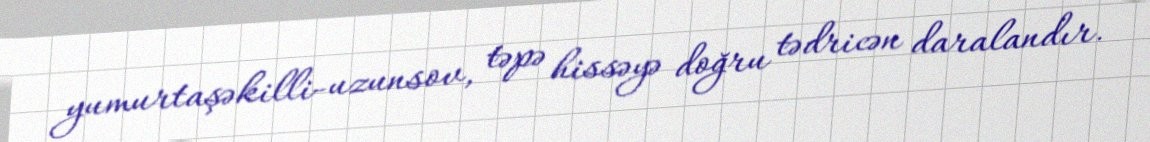
yumurtaşəkilli-uzunsov, təpə hissəyə doğru tədricən daralandır.